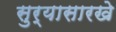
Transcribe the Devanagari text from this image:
सुर्यासारखे